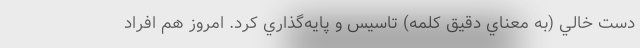
دست خالي (به معناي دقيق كلمه) تاسيس و پايه‌گذاري كرد. امروز هم افراد